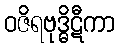
ဝဇိရဗုဒ္ဓိဋီကာ